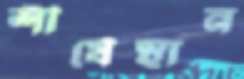
শীর্ষেস্থান